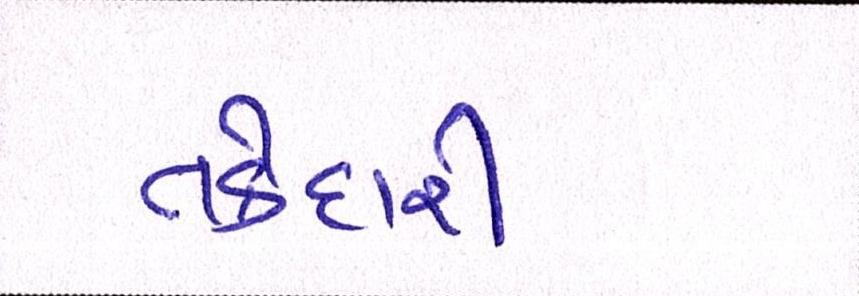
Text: તકેદારી